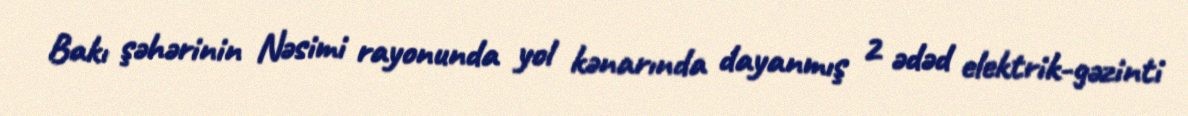
Bakı şəhərinin Nəsimi rayonunda yol kənarında dayanmış 2 ədəd elektrik-gəzinti